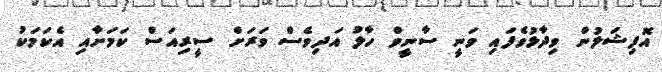
އޮފިޝަލުން ވިދާޅުވެފައި ވަނީ ސާނީވް ހާލު އަދިވެސް ވަރަށް ސީރިއަސް ކަމަށާއި އެކަމަކު